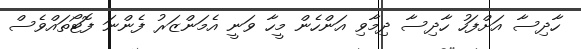
ހާދިސާ އަށްފަހު ހާދިސާ ދިމާވި އަންހެން މީހާ ވަނީ އެމަންޒަރު ފެންނަ ފޮޓޯތައްވެސް